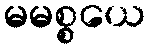
မမစ္စယေ